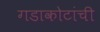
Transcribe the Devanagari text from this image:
गडाकोटांची